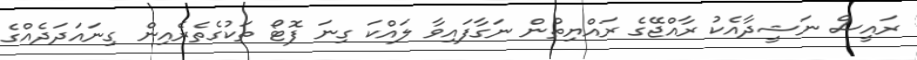
ރައީސް ނަޝީދާއެކު ރާއްޖޭގެ ރައްޔިތުން ނަގާފައިވާ ލައްކަ ގިނަ ފޮޓޯ ތަކުގެތެރެއިން ގިނައަދަދެއްގެ